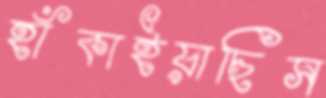
হাঁকাইয়াছিস